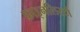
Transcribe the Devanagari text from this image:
फ़ाइनलिस्टों